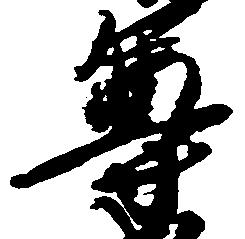
尊